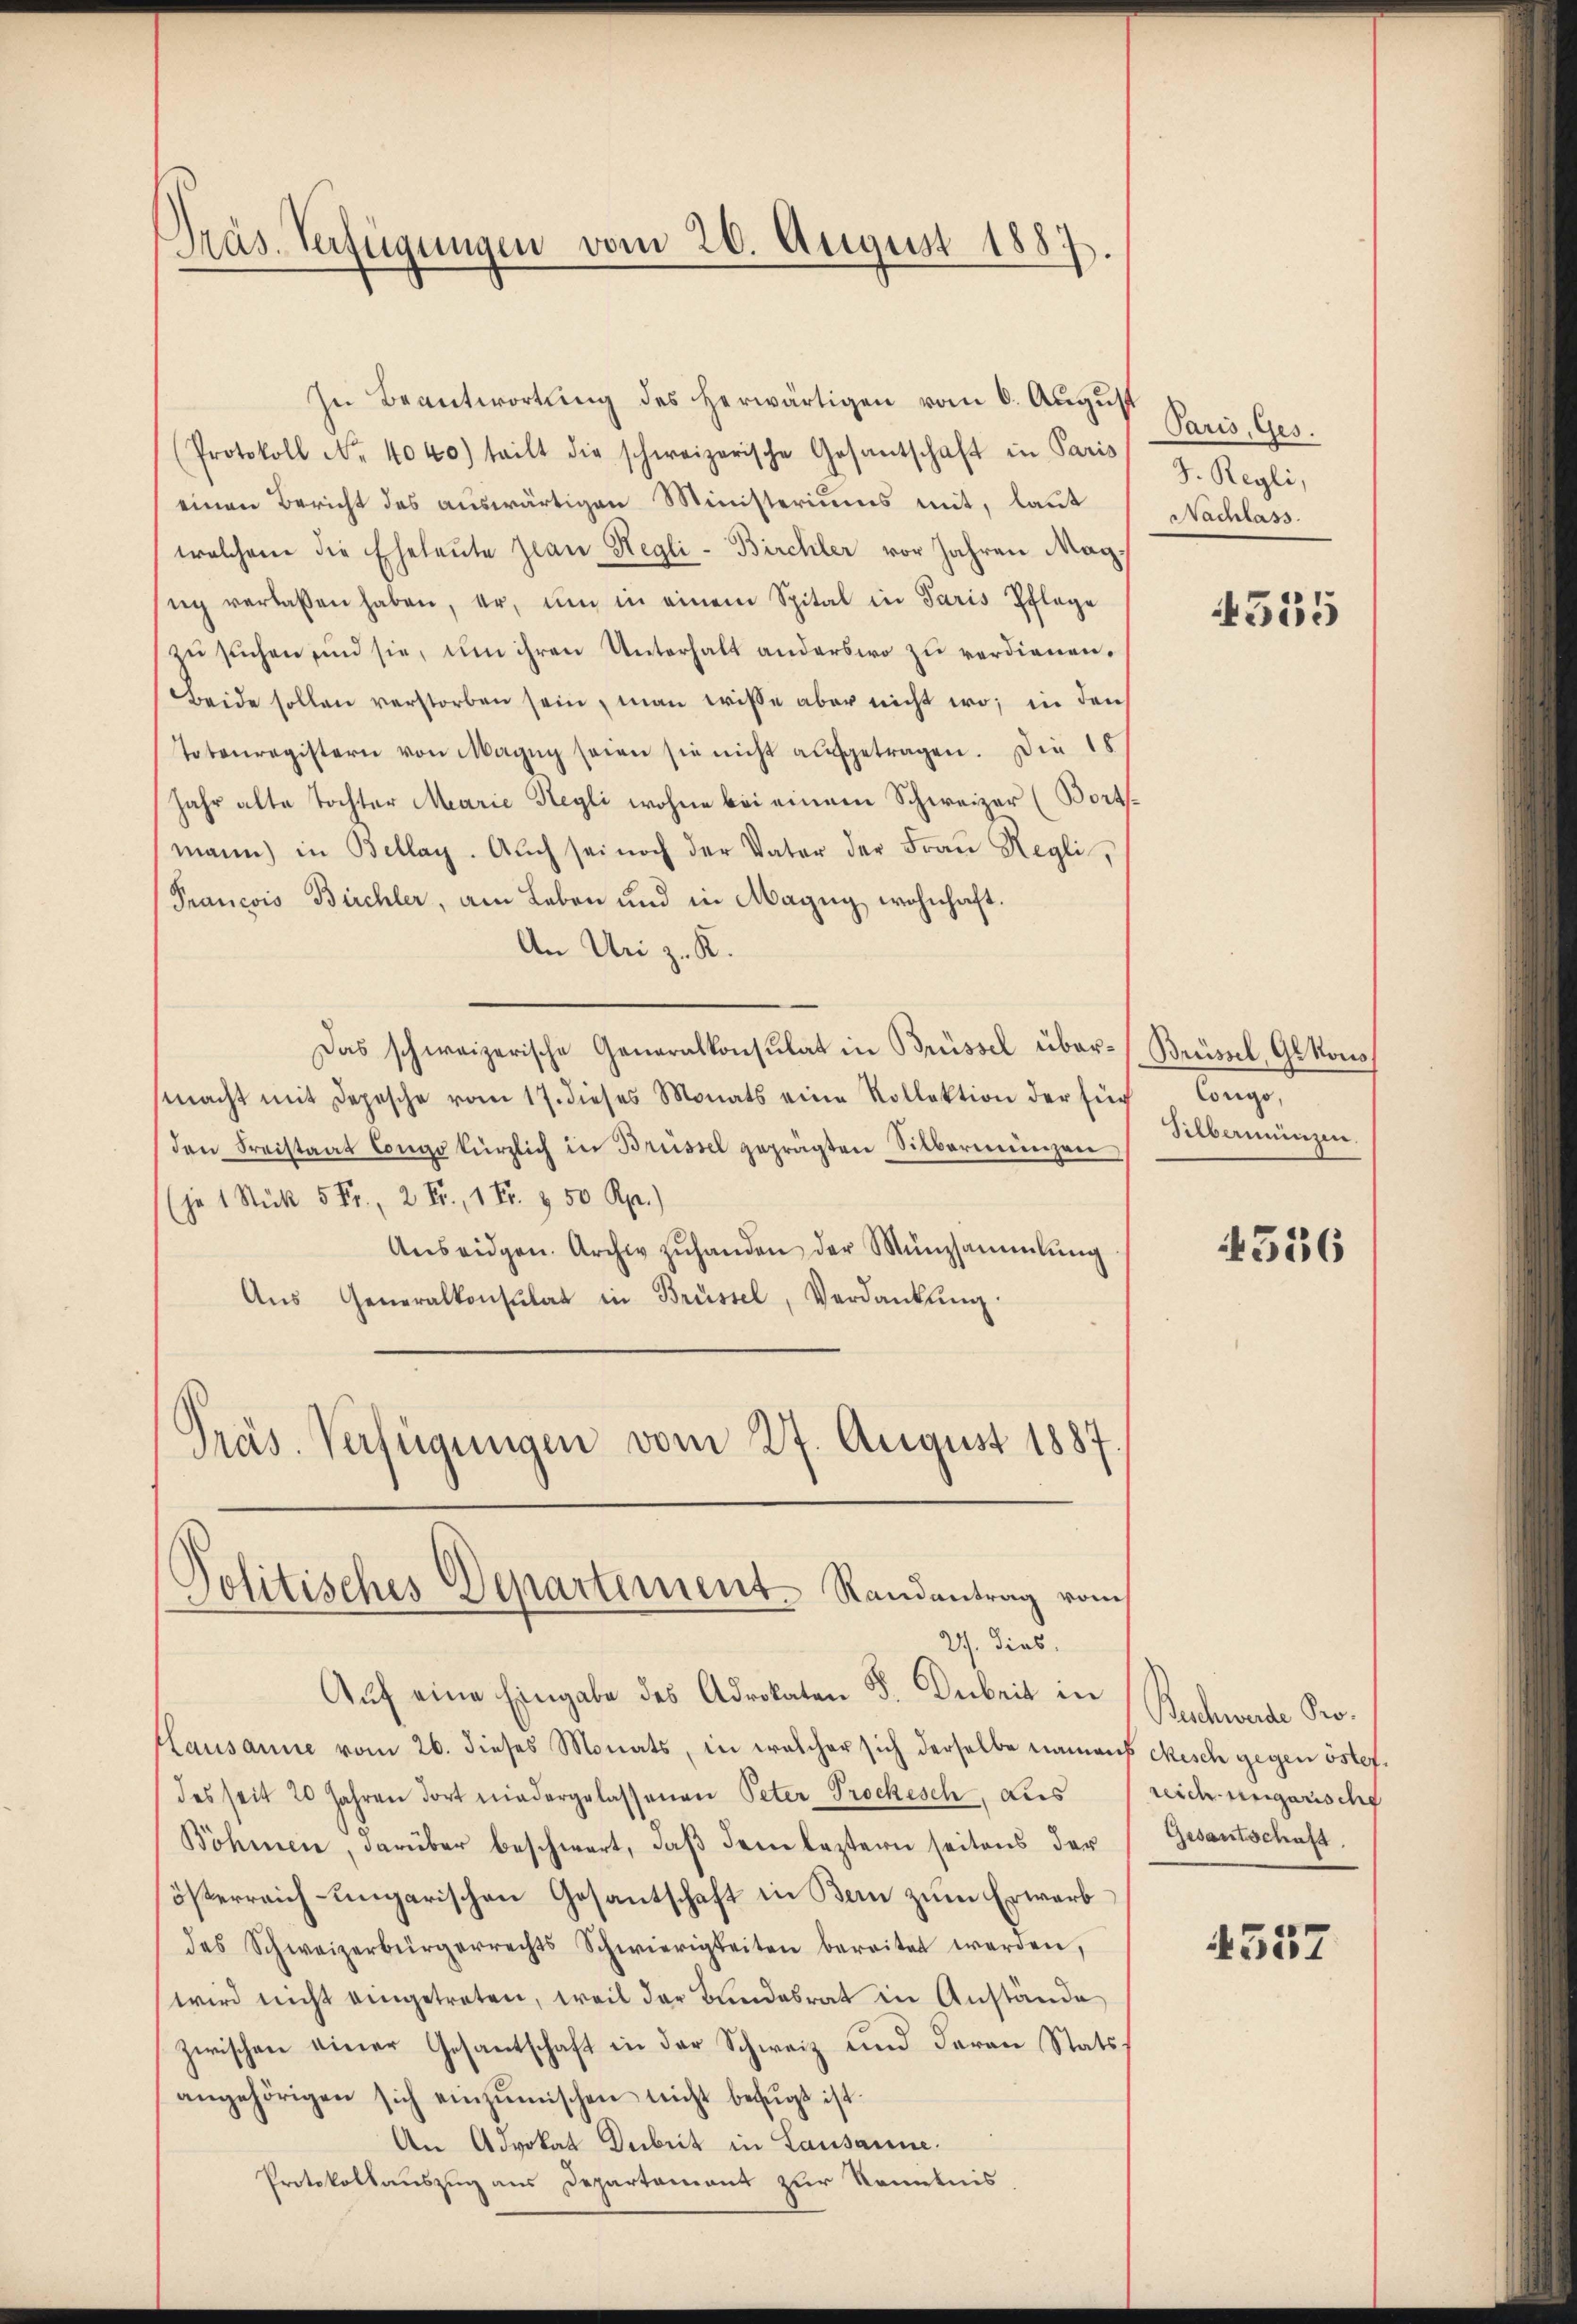
Präs. Verfügungen vom 26. August 1887.

In Beantwortung des herwärtigen vom 6. August
(Protokoll No. 4040) teilt die schweizerische Gesantschaft in Paris
einen Bericht des auswärtigen Ministeriums mit, laut
welchem die Eheleute jean Regli- Birchler vor Jahren Mag.
sŭch verlassen haben, er, ŭm in einem Spital in Paris Pflege
zu suchen sind sie, um ihren Unterhalt anderswo zu verdienen.
Beide sollen verstorben sein, man wisse aber nicht wo in den
Totenregistern von Magŭg seien sie nicht aufgetragen. Die 18
Jahr alte Tochter Marie Regli wohne bei einem Schweizer (Bort
mann in Bellay. Aŭch sei noch der Vater der Frau Regli,
Prancois Birchler, am Leben und in Magug wohnhaft.
An Uri z. K.
Das schweizerische Generalkonsulat in Brüssel übermacht mit Depesche vom 17. dieses Monats eine Rollektion der sich
den Freistaat Congo kürzlich in Brüssel geprägten Silbermengen
je 1 Stück 5 Fr., 2 Fr., 1 Fr. 3 50 Rp.)
Aŭseidgen. Archiv zŭhanden der Münzsammlung
Aŭs Generalkonsulat in Brüssel, Verdankung:
Präs. Verfügungen vom 27. August 1887.

Politisches Departement. Randantrag vom
2). Dies

Auf eine Eingabe des Adrokaten F. Dabeit in
Hausanne vom 26. dieses Monats, in welcher sich derselbe namens ckisch gegen österdes seit 20 Jahren dort niedergelassenen Peter Prockesch, dies
Böhmen, darüber beschwert, daß dem leztern seitens der
österreich-ungarischen Gosantschaft in Bern zŭm Erwarb
des Schweizerbürgerrechts Schwierigkeiten bereitet werden,
wird nicht eingetreten, weil der Bundesrat in Anstände
zwischen einer Gesantschaft in der Schweiz und daran Statsangehörigen sich einzŭmischen nicht befugt ist.
An Advokat Deibrit in Lausanne.
Protokollauszug aus Departement zur Kenntnis,

Paris, Ges.
J. Regli,
Nachlass.

355

Brüssel, Ge kons
Congo,
Silberneinsen

4556

Raschwerde Pro.
reich ungarische
Gesantschaft.

4557